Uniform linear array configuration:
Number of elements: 8
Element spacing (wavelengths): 0.5
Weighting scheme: binomial
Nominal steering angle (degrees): -15
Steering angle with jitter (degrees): -13.258
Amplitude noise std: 0.05
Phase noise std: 0.05

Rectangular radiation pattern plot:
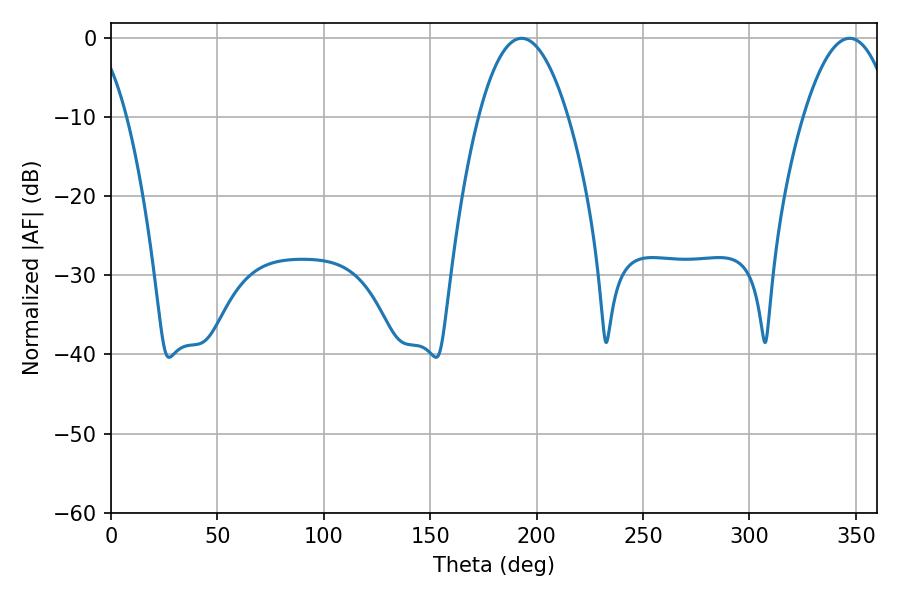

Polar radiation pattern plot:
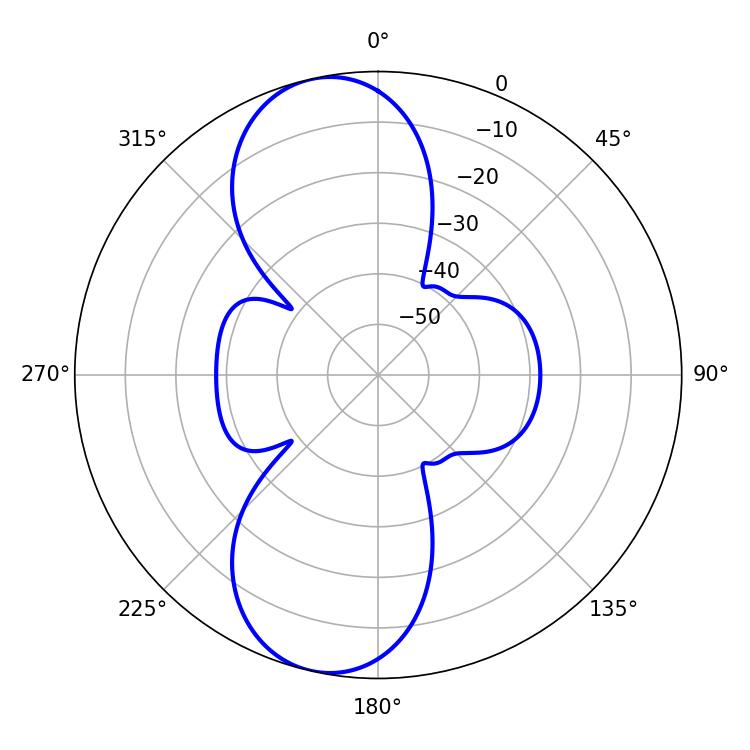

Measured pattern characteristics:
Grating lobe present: FALSE
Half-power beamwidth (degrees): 23.22
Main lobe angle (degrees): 192.96